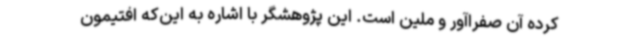
کرده آن صفراآور و ملین است. این پژوهشگر با اشاره به این‌که افتیمون